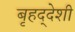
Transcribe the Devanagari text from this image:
बृहद्‌देशी